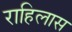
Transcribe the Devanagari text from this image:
राहिलास